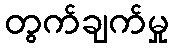
တွက်ချက်မှု